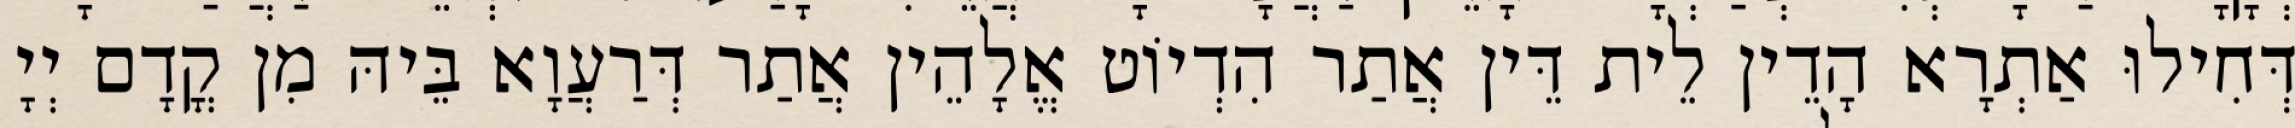
דְּחִילוּ אַתְרָא הָדֵין לֵית דֵּין אֲתַר הִדְיוֹט אֱלָהֵין אֲתַר דְּרַעֲוָא בֵּיהּ מִן קֳדָם יְיָ